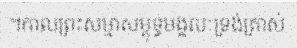
។កាលព្រះសម្មាសម្ពុទ្ធមង្គលៈទ្រង់ត្រាស់